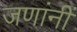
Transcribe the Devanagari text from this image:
जणांनीं